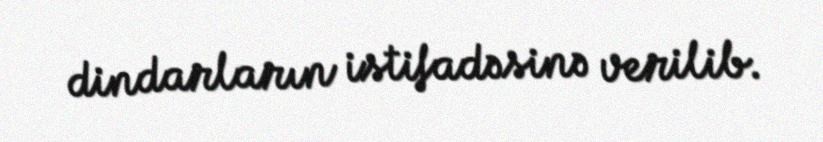
dindarların istifadəsinə verilib.